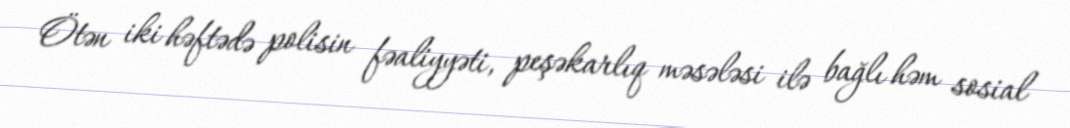
Ötən iki həftədə polisin fəaliyyəti, peşəkarlıq məsələsi ilə bağlı həm sosial